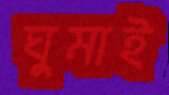
ঘুমাই